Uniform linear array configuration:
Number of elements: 48
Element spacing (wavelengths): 0.25
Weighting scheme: uniform
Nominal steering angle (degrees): -30
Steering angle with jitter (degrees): -29.473
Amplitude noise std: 0.05
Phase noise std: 0.05

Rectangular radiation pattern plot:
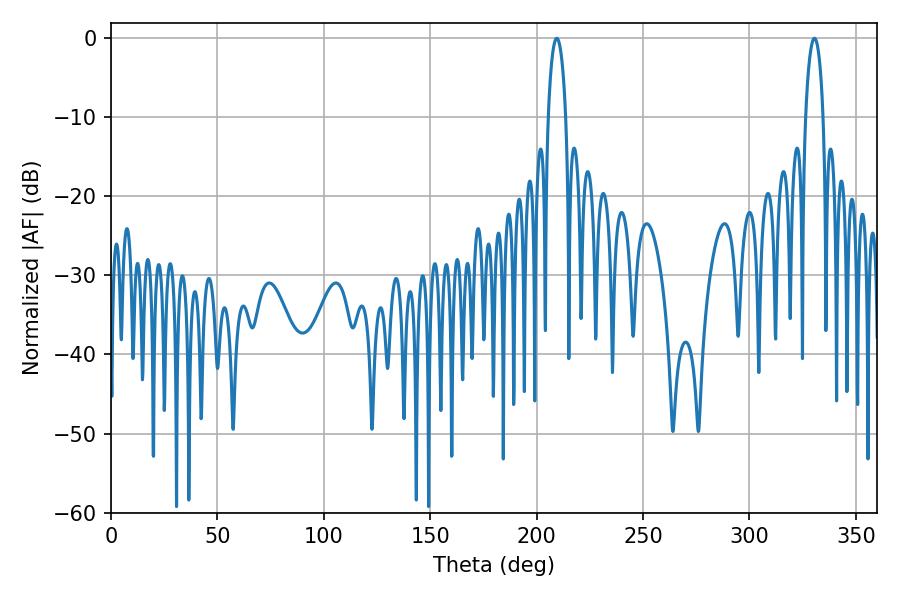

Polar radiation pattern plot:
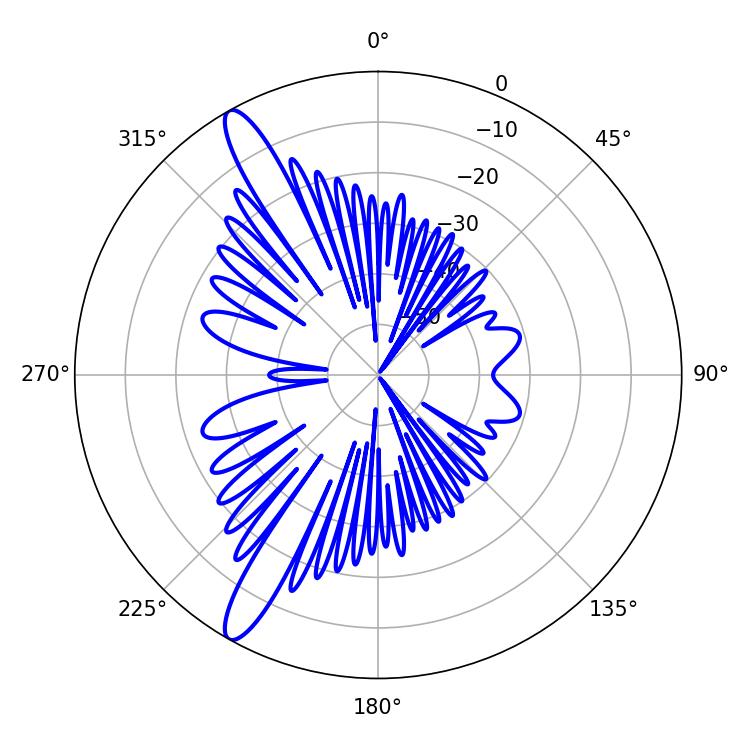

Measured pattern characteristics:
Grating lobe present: FALSE
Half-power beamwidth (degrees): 4.68
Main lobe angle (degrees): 330.48